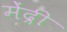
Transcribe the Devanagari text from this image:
मेंद्री